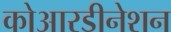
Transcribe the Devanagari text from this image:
कोआरडीनेशन